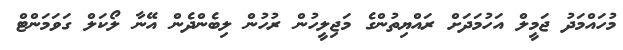
މުހައްމަދު ޖަމީލް އަހުމަދަށް ރައްޔިތުންގެ މަޖިލީހުން ރުހުން ލިބެންދެން އޭނާ ލޯކަލް ގަވަމަންޓް